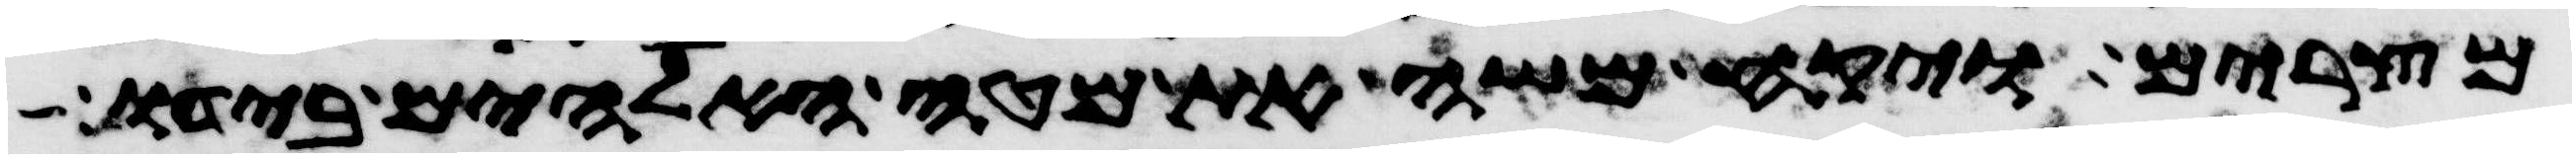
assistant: מצרים ויקח משה את מטה האלהים בידו